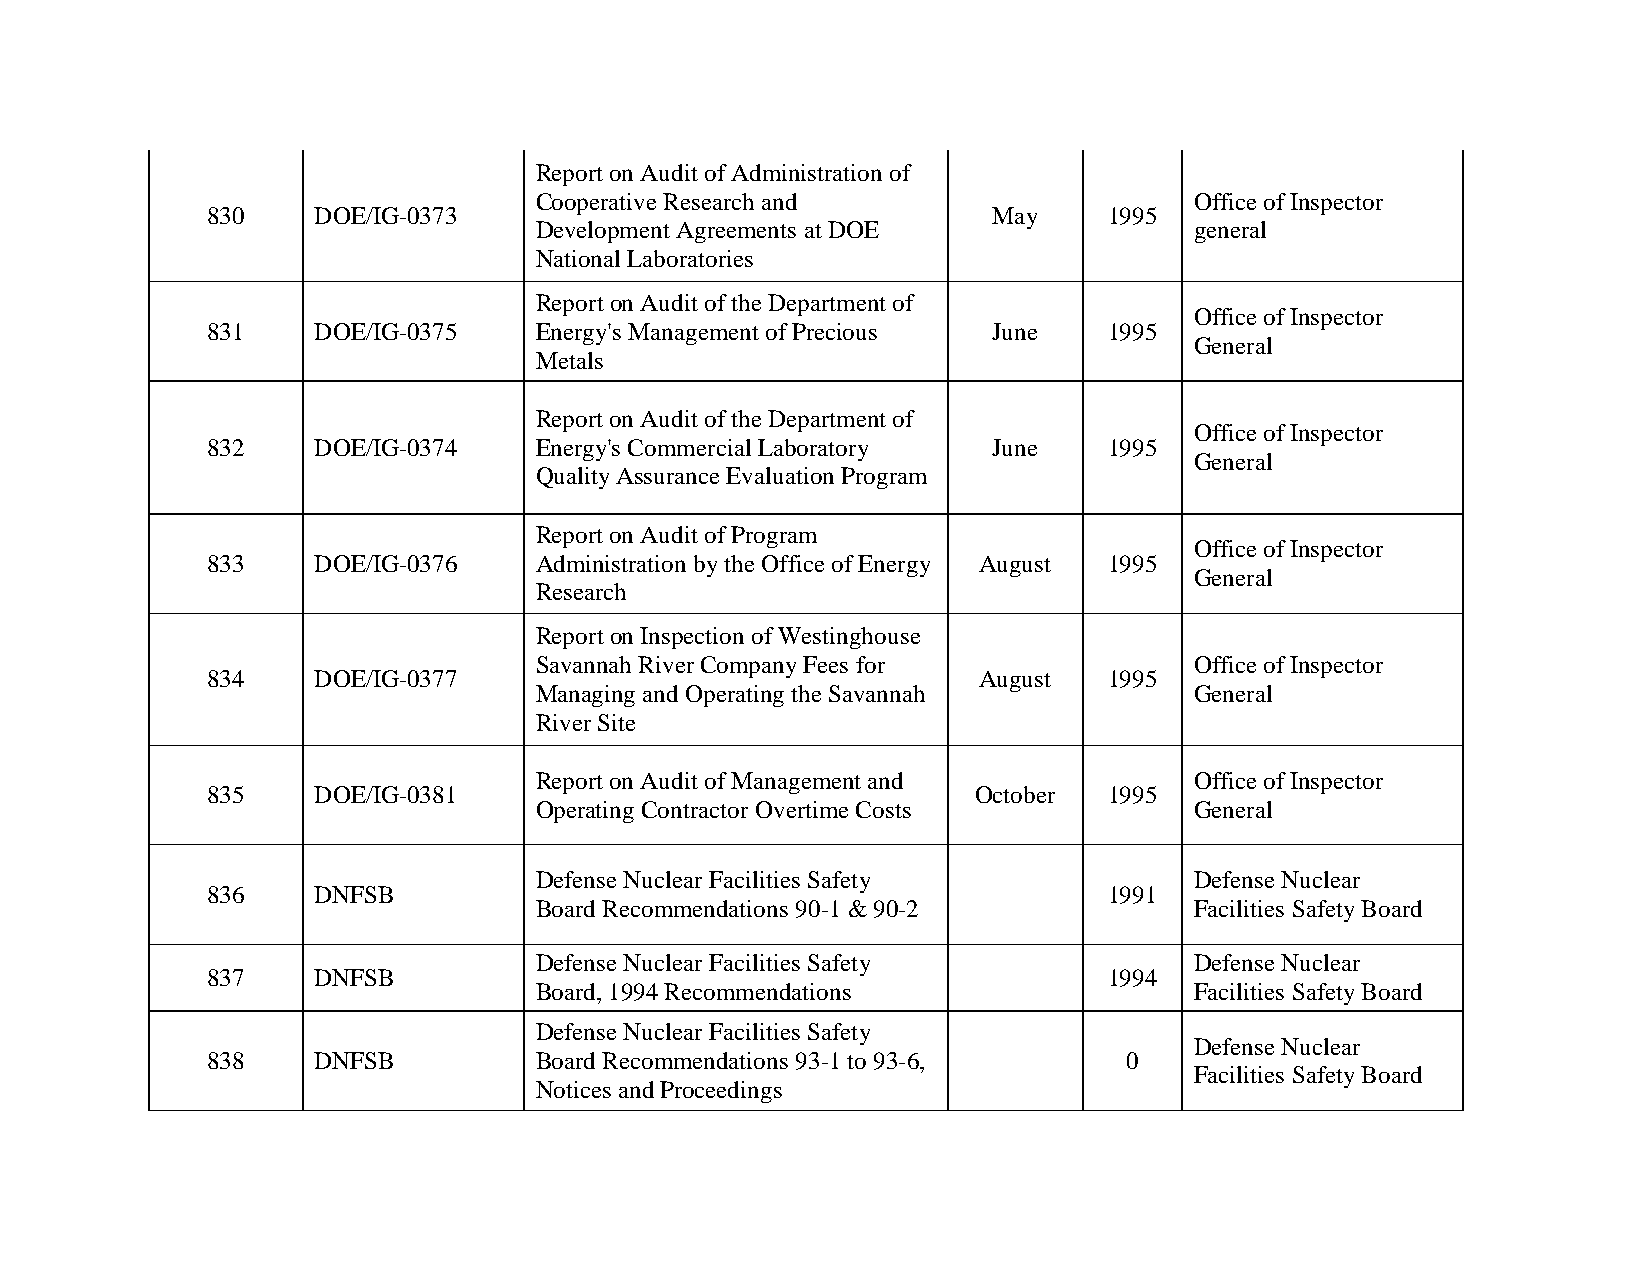
Report on Audit of Administration of
 Cooperative Research and                    Office of Inspector
 830    DOE/IG-0373                                  May    1995
 Development Agreements at DOE               general
 National Laboratories
 Report on Audit of the Department of
 Office of Inspector
 831    DOE/IG-0375   Energy's Management of Precious June  1995
 General
 Metals
 Report on Audit of the Department of
 Office of Inspector
 832    DOE/IG-0374   Energy's Commercial Laboratory June   1995
 General
 Quality Assurance Evaluation Program
 Report on Audit of Program
 Office of Inspector
 833    DOE/IG-0376   Administration by the Office of Energy August 1995
 General
 Research
 Report on Inspection of Westinghouse
 Savannah River Company Fees for             Office of Inspector
 834    DOE/IG-0377                                 August  1995
 Managing and Operating the Savannah         General
 River Site
 Report on Audit of Management and           Office of Inspector
 835    DOE/IG-0381                                October  1995
 Operating Contractor Overtime Costs         General
 Defense Nuclear Facilities Safety           Defense Nuclear
 836    DNFSB                                               1991
 Board Recommendations 90-1 & 90-2           Facilities Safety Board
 Defense Nuclear Facilities Safety           Defense Nuclear
 837    DNFSB                                               1994
 Board, 1994 Recommendations                 Facilities Safety Board
 Defense Nuclear Facilities Safety
 Defense Nuclear
 838    DNFSB         Board Recommendations 93-1 to 93-6,     0
 Facilities Safety Board
 Notices and Proceedings